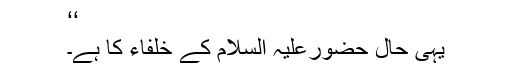
‘‘
یہی حال حضورعلیہ السلام کے خلفاء کا ہے۔